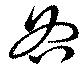
各